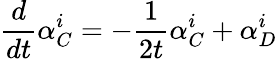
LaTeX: \frac{d}{dt}\alpha_{C}^{i}=-\frac{1}{2t}\alpha_{C}^{i}+\alpha_{D}^{i}